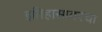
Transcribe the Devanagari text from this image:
इतिहासावरचा